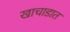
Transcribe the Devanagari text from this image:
खाचाडात